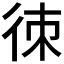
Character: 𢓣